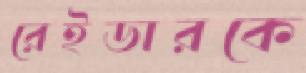
রেইডারকে